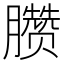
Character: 臜